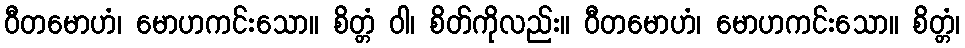
ဝီတမောဟံ၊ မောဟကင်းသော။ စိတ္တံ ဝါ၊ စိတ်ကိုလည်း။ ဝီတမောဟံ၊ မောဟကင်းသော။ စိတ္တံ၊